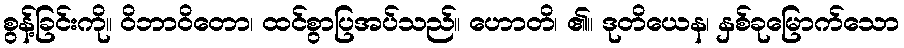
စွန့်ခြင်းကို။ ဝိဘာဝိတော၊ ထင်စွာပြအပ်သည်။ ဟောတိ၊ ၏။ ဒုတိယေန၊ နှစ်ခုမြောက်သော